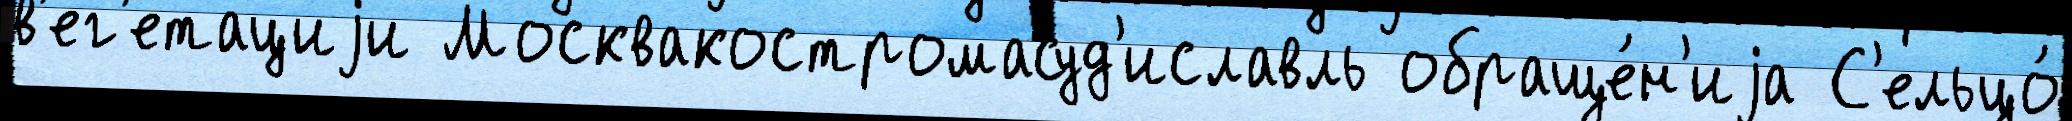
в'ег'етациjи Москвакостромасуд'иславль обраще́н'иjа С'ельцо́